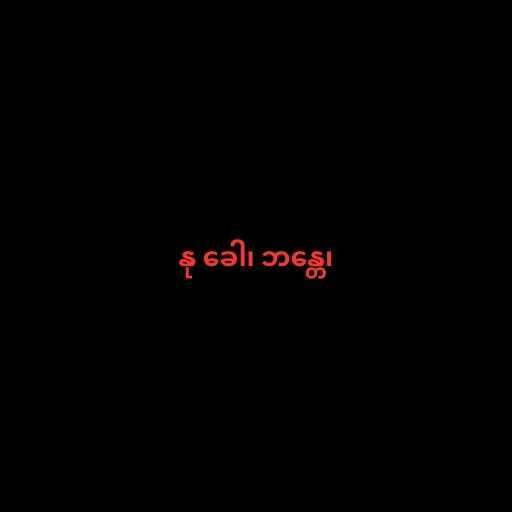
နု ခေါ၊ ဘန္တေ၊